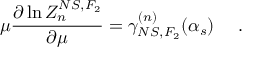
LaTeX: \mu \frac { \partial \ln Z _ { n } ^ { N S , F _ { 2 } } } { \partial \mu } = \gamma _ { N S , F _ { 2 } } ^ { ( n ) } ( \alpha _ { s } ) ~ ~ ~ ~ .